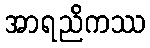
အာရညိကဿ